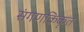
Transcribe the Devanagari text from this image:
संगणकिकृत